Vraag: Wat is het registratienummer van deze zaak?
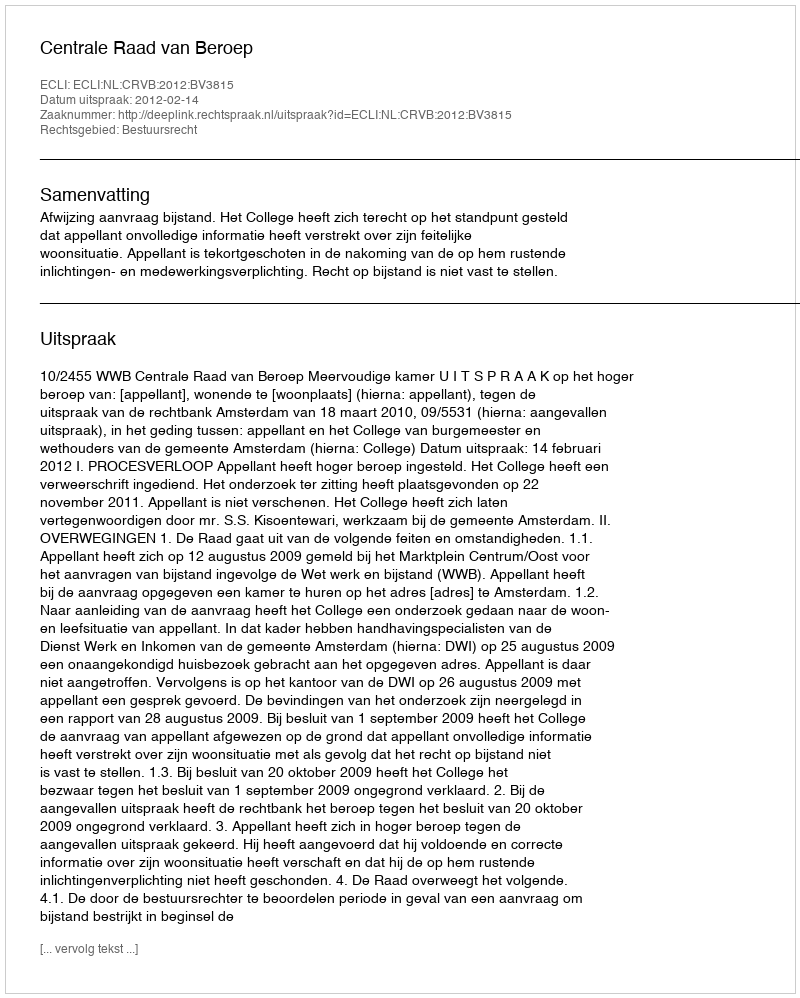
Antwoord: http://deeplink.rechtspraak.nl/uitspraak?id=ECLI:NL:CRVB:2012:BV3815